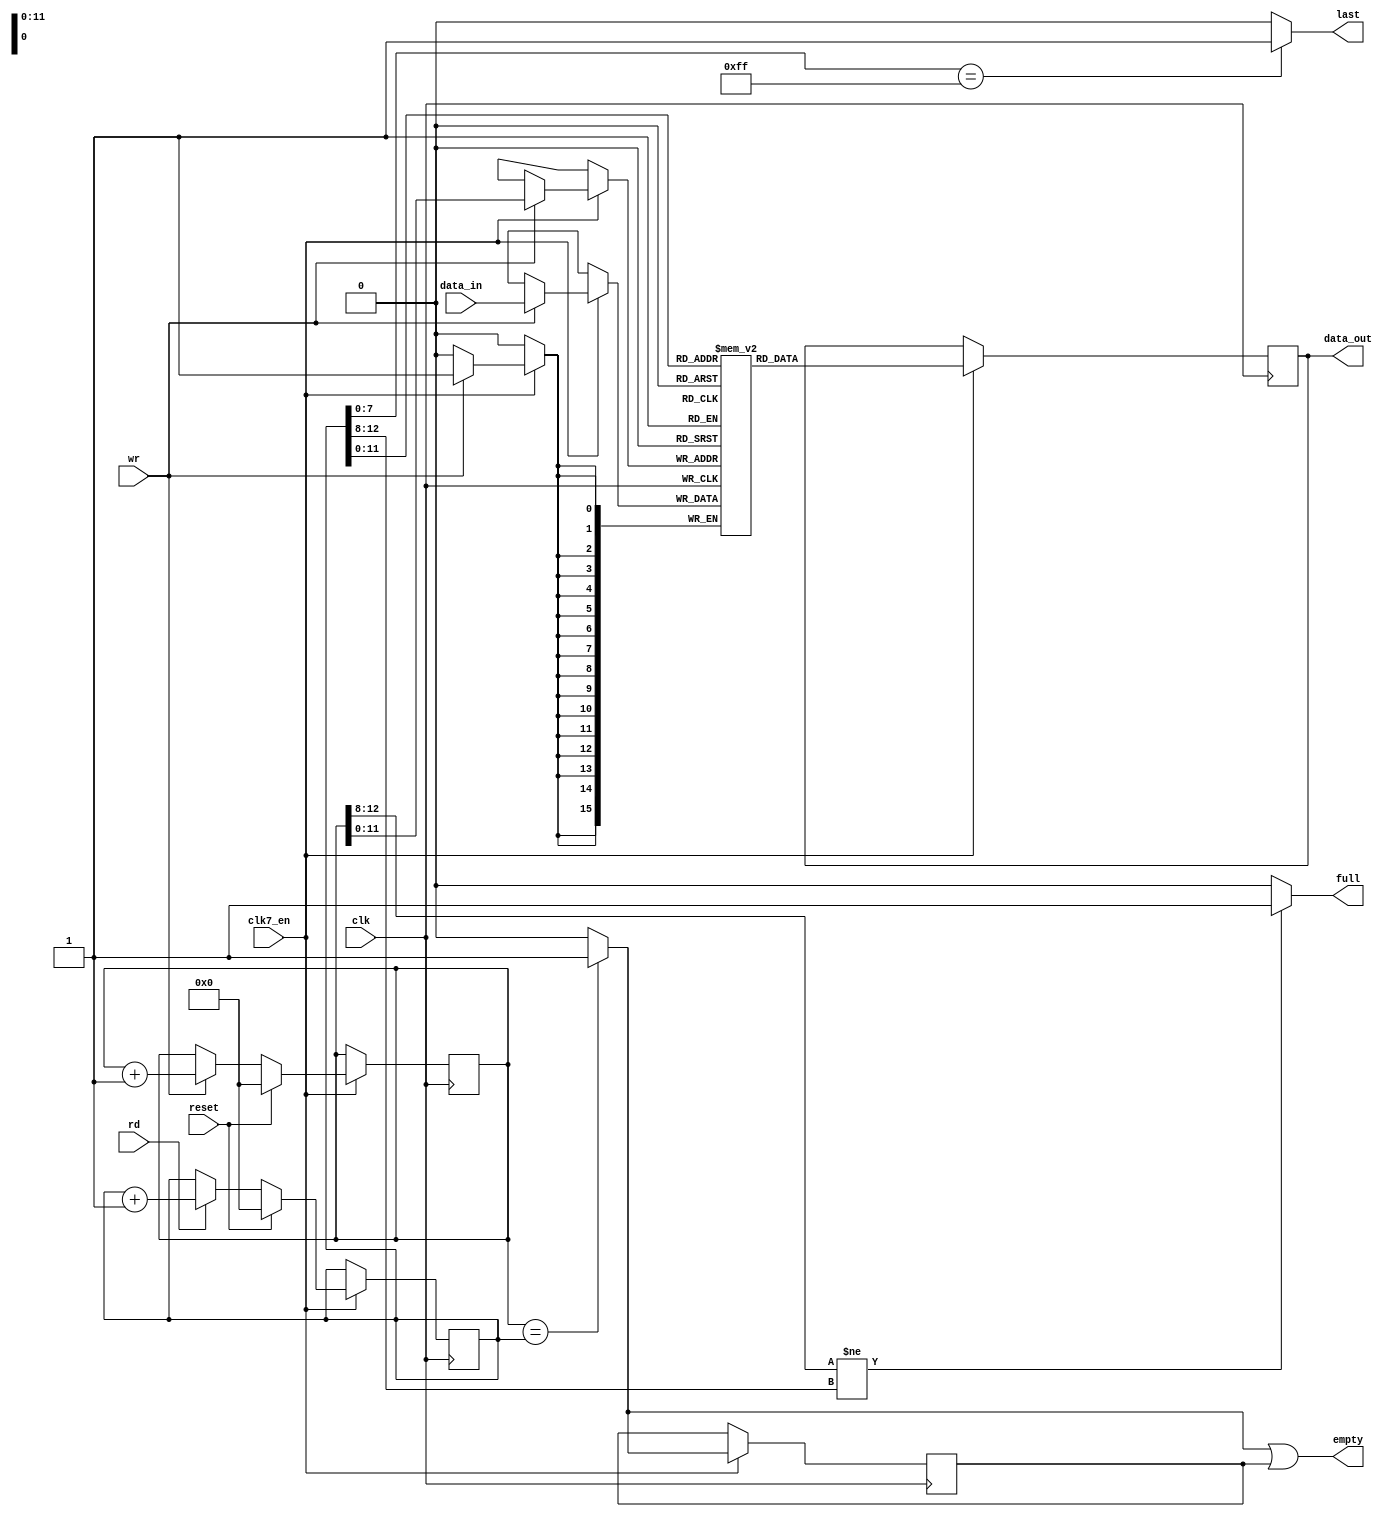
// -*- mode: verilog; mode: font-lock; indent-tabs-mode: nil -*-
// vi: set et ts=3 sw=3 sts=3:
//
// Copyright 2008, 2009 by Jakub Bednarski
//
// This file is part of Minimig
//
// Minimig is free software; you can redistribute it and/or modify
// it under the terms of the GNU General Public License as published by
// the Free Software Foundation; either version 3 of the License, or
// (at your option) any later version.
//
// Minimig is distributed in the hope that it will be useful,
// but WITHOUT ANY WARRANTY; without even the implied warranty of
// MERCHANTABILITY or FITNESS FOR A PARTICULAR PURPOSE.  See the
// GNU General Public License for more details.
//
// You should have received a copy of the GNU General Public License
// along with this program.  If not, see <http://www.gnu.org/licenses/>.
//

module gayle_fifo
  (
   input  wire        clk,                          // bus clock
   input  wire        clk7_en,
   input  wire        reset,                        // reset
   input  wire [15:0] data_in,                      // data in
   output reg  [15:0] data_out,                     // data out
   input  wire        rd,                           // read from fifo
   input  wire        wr,                           // write to fifo
   output wire        full,                         // fifo is full
   output wire        empty,                        // fifo is empty
   output wire        last                          // the last word of a sector is being read
   );

   // local signals and registers
   reg [15:0]         mem [4095:0];                 // 16 bit wide fifo memory
   reg [12:0]         inptr;                        // fifo input pointer
   reg [12:0]         outptr;                       // fifo output pointer
   wire               empty_rd;                     // fifo empty flag (set immediately after reading the last word)
   reg                empty_wr;                     // fifo empty flag (set one clock after writting the empty fifo)

   // main fifo memory (implemented using synchronous block ram)
   always @(posedge clk)
     if (clk7_en) begin
        if (wr)
          mem[inptr[11:0]] <= data_in;
     end

   always @(posedge clk)
     if (clk7_en) begin
        data_out <= mem[outptr[11:0]];
     end

   // fifo write pointer control
   always @(posedge clk)
     if (clk7_en) begin
        if (reset)
          inptr <= 13'd0;
        else if (wr)
          inptr <= inptr + 13'd1;
     end

   // fifo read pointer control
   always @(posedge clk)
     if (clk7_en) begin
        if (reset)
          outptr <= 13'd0;
        else if (rd)
          outptr <= outptr + 13'd1;
     end

   // the empty flag is set immediately after reading the last word from the fifo
   assign empty_rd = inptr==outptr ? 1'b1 : 1'b0;

   // after writting empty fifo the empty flag is delayed by one clock to handle ram write delay
   always @(posedge clk)
     if (clk7_en) begin
        empty_wr <= empty_rd;
     end

   assign empty = empty_rd | empty_wr;

   // at least 512 bytes are in FIFO
   // this signal is activated when 512th byte is written to the empty fifo
   // then it's deactivated when 512th byte is read from the fifo (hysteresis)
   assign full = inptr[12:8]!=outptr[12:8] ? 1'b1 : 1'b0;

   assign last = outptr[7:0] == 8'hFF ? 1'b1 : 1'b0;

endmodule